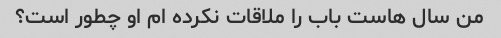
من سال هاست باب را ملاقات نکرده ام او چطور است؟